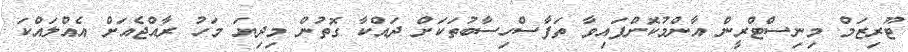
ޓޫރިޒަމް މިނިސްޓްރީން އާންމުކޮށްފައިވާ ތަފާސްހިސާބުތަކަށް ދައްކާ ގޮތުން މިދިޔަ މަހު ރާއްޖެއަށް އެއްލައްކަ